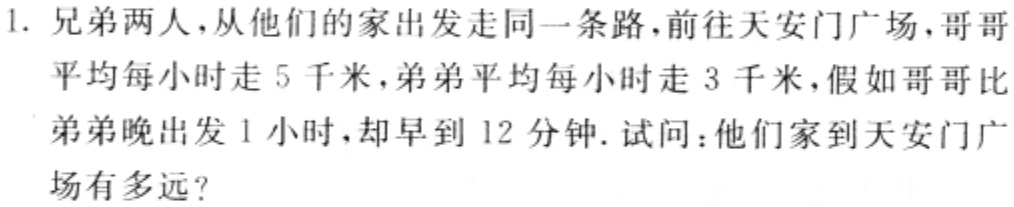
1. 兄弟两人，从他们的家出发走同一条路，前往天安门广场，哥哥平均每小时走 5 千米，弟弟平均每小时走 3 千米，假如哥哥比弟弟晚出发 1 小时，却早到 12 分钟. 试问：他们家到天安门广场有多远？